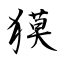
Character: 獏